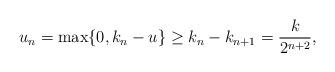
LaTeX: \begin{align*}u_n = \max \{0, k_n - u\} \geq k_n - k_{n+1} = \frac{k}{2^{n+2}},\\\end{align*}